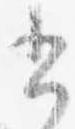
書